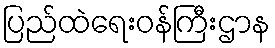
ပြည်ထဲရေးဝန်ကြီးဌာန